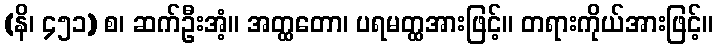
(နိ၊ ၄၅၁) စ၊ ဆက်ဦးအံ့။ အတ္ထတော၊ ပရမတ္ထအားဖြင့်။ တရားကိုယ်အားဖြင့်။